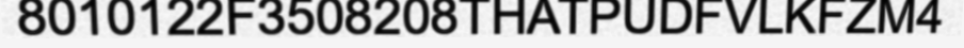
8010122F3508208THATPUDFVLKFZM4